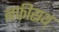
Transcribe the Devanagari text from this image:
नफीसथ्